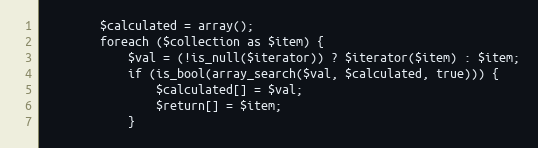
Language: PHP
        $calculated = array();
        foreach ($collection as $item) {
            $val = (!is_null($iterator)) ? $iterator($item) : $item;
            if (is_bool(array_search($val, $calculated, true))) {
                $calculated[] = $val;
                $return[] = $item;
            }